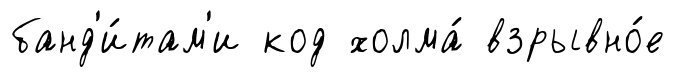
банд'и́там'и код холма́ взрывно́е